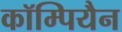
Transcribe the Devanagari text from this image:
कॉम्पियैन